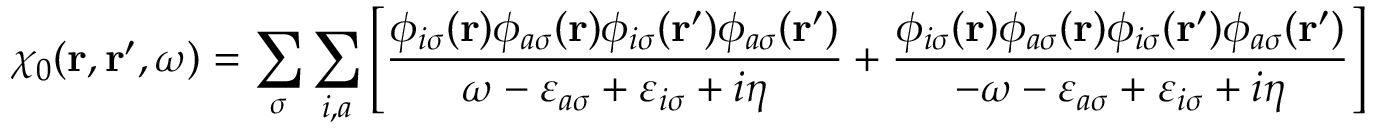
\chi _ { 0 } ( \mathbf { r } , \mathbf { r } ^ { \prime } , \omega ) = \sum _ { \sigma } \sum _ { i , a } \left[ \frac { \phi _ { i \sigma } ( \mathbf { r } ) \phi _ { a \sigma } ( \mathbf { r } ) \phi _ { i \sigma } ( \mathbf { r } ^ { \prime } ) \phi _ { a \sigma } ( \mathbf { r } ^ { \prime } ) } { \omega - \varepsilon _ { a \sigma } + \varepsilon _ { i \sigma } + i \eta } + \frac { \phi _ { i \sigma } ( \mathbf { r } ) \phi _ { a \sigma } ( \mathbf { r } ) \phi _ { i \sigma } ( \mathbf { r } ^ { \prime } ) \phi _ { a \sigma } ( \mathbf { r } ^ { \prime } ) } { - \omega - \varepsilon _ { a \sigma } + \varepsilon _ { i \sigma } + i \eta } \right]